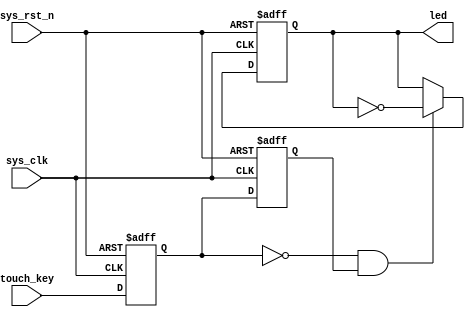
module  touch_ctrl_led
(
    input   wire        sys_clk     ,
    input   wire        sys_rst_n   ,
    input   wire        touch_key   ,

    output  reg        led
);

reg     touch_key_1;
reg     touch_key_2;
wire    touch_flag  ;

always@(posedge sys_clk or negedge sys_rst_n)
    if(sys_rst_n == 1'b0)
        begin
            touch_key_1 <=  1'b1;
            touch_key_2 <=  1'b1;
        end
    else
        begin
            touch_key_1 <=  touch_key;
            touch_key_2 <=  touch_key_1;
        end

assign  touch_flag = ((touch_key_1 == 1'b0) && (touch_key_2 ==  1'b1));

always@(posedge sys_clk or negedge sys_rst_n)
    if(sys_rst_n == 1'b0)
        led <=  1'b1;
    else    if(touch_flag == 1'b1)
        led <=  ~led;
    else
        led <=  led;

endmodule